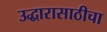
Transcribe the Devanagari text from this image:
उद्धारासाठीचा